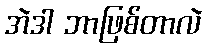
အဲဒါ ဘာဖြစ်တာလဲ